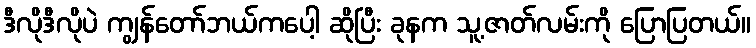
ဒီလိုဒီလိုပဲ ကျွန်တော်ဘယ်ကပေါ့ ဆိုပြီး ခုနက သူ့ဇာတ်လမ်းကို ပြောပြတယ်။